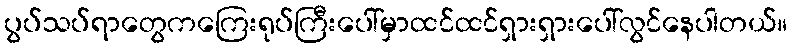
ပွပ်သပ်ရာတွေကကြေးရုပ်ကြီးပေါ်မှာထင်ထင်ရှားရှားပေါ်လွင်နေပါတယ်။